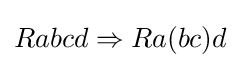
Rabcd\Rightarrow Ra(bc)d